Report on vaccination in Madras 1877-1894 - 1877-1894
Year: 1877
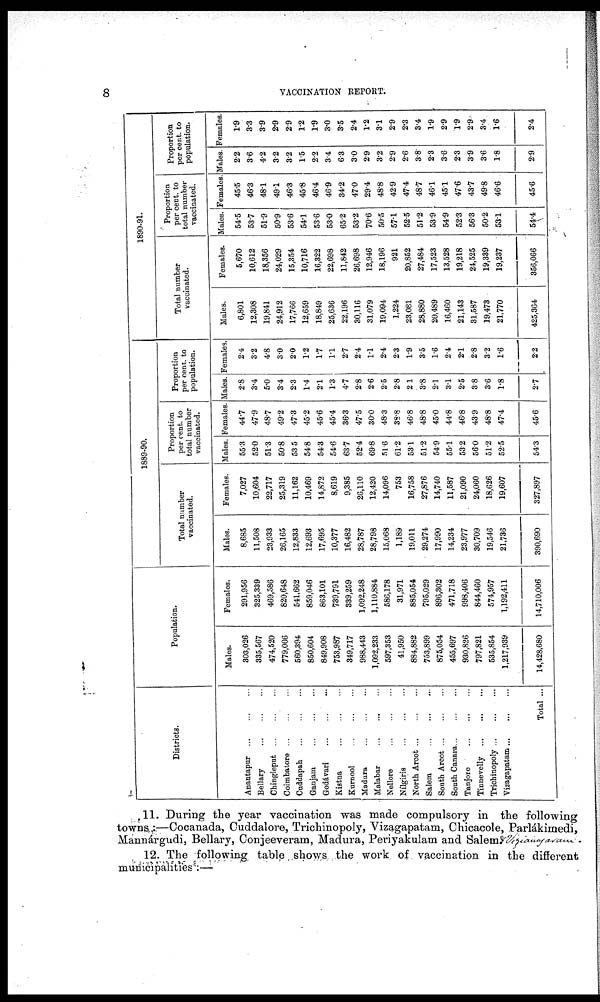
8
VACCINATION REPORT.
Districts.
Anantapur
...
...
...
Bellary
...
...
...
Chingleput
...
...
...
Coimbatore
...
...
...
Cuddapah
...
...
...
Ganjam
...
...
...
Godávari
...
...
...
Kistna
...
...
...
Kurnool
...
...
...
Madura
...
...
...
Malabar
...
...
...
Nellore
...
...
...
Nílgiris
...
...
...
North Arcot
...
...
...
Salem
...
...
...
South Arcot
...
...
...
South Canara
...
...
...
Tanjore
...
...
...
Tinnevelly
...
...
...
Trichinopoly
...
...
...
Vizagapatam
...
...
...
Total ...
Population.
Males.
303,026
335,567
474,520
779,006
560,394
850,604
849,908
753,987
349,717
988,443
1,092,233
597,353
41,950
884,882
753,899
875,054
455,697
930,826
797,821
535,854
1,217,939
14,428,680
Females.
291,956
325,339
469,586
820,648
541,662
859,046
863,101
739,791
339,259
1,092,248
1,110,884
586,178
31,971
885,054
795,029
896,302
471,718
998,406
844,460
574,957
1,192,411
14,710,006
1889-90.
Total number
vaccinated.
Males.
8,685
11,508
23,933
26,165
12,833
12,693
17,695
10,377
16,482
28,787
28,798
15,068
1,189
19,011
29,274
17,990
14,234
23,977
30,709
19,546
21,736
390,690
Females.
7,027
10,604
22,717
25,319
11,162
10,469
14,872
8,619
9,385
26,110
12,420
14,096
753
16,758
27,876
14,740
11,587
21,090
24,060
18,626
19,607
327,897
Proportion
per cent. to
total number
vaccinated.
Males.
55.3
52.0
51.3
50.8
53.5
54.8
54.3
54.6
63.7
52.4
69.8
51.6
61.2
53.1
51.2
54.9
55.1
53.2
56.0
51.2
52.5
54.3
Females.
44.7
47.9
48.7
49.2
47.3
45.2
45.6
45.4
36.3
47.5
30.0
48.3
38.8
46.8
48.8
45.0
44.8
46.8
43.9
48.8
47.4
45.6
Proportion
per cent. to
population.
Males.
2.8
3.4
5.0
3.4
2.3
1.4
2.1
1.3
4.7
2.8
2.6
2.5
2.8
2.1
3.8
2.1
3.1
2.5
3.8
3.6
1.8
2.7
Females.
2.4
3.2
4.8
3.0
2.0
1.2
1.7
1.1
2.7
2.4
1.1
2.4
2.3
1.9
3.5
1.6
2.4
2.1
2.8
3.2
1.6
2.2
1890-91.
Total number
vaccinated.
Males.
6,801
12,308
19,841
24,912
17,766
12,659
18,849
25,636
22,196
30,116
31,079
19,094
1,224
23,081
28,880
20,489
16,460
21,143
31,587
19,473
21,770
425,364
Females.
5,670
10,612
18,356
24,029
15,354
10,716
16,322
22,698
11,842
26,698
12,946
18,196
921
20,852
27,484
17,523
13,528
19,218
24,525
19,339
19,237
356,066
Proportion
per cent. to
total number
vaccinated.
Males.
54.5
53.7
51.9
50.9
53.6
54.1
53.6
53.0
65.2
53.2
70.6
50.5
57.1
52.5
51.2
53.9
54.9
52.3
563
50.2
53.1
54.4
Females.
45.5
46.3
48.1
49.1
46.3
45.8
46.4
46.9
34.2
47.0
29.4
48.8
42.9
47.4
48.7
46.1
45.1
47.6
43.7
49.8
46.6
45.6
Proportion
per cent. to
population.
Males.
2.2
3.6
4.2
3.2
3.2
1.5
2.2
3.4
6.3
3.0
2.9
3.2
2.9
2.6
3.8
2.3
3.6
2.3
3.9
3.6
1.8
2.9
Females.
1.9
3.3
3.9
2.9
2.9
1.2
1.9
3.0
3.5
2.4
1.2
3.1
2.9
2.3
3.4
1.9
2.9
1.9
2.9
3.4
1.6
2.4
11. During the year vaccination was made compulsory in the following
towns —Cocanada, Cuddalore, Trichinopoly, Vizagapatam, Chicacole, Parlákimedi,
Mannárgudi, Bellary, Conjeeveram, Madura, Periyakulam and
Salem.
12. The following table shows the work of vaccination in the different
municipalities :—